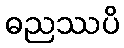
ဓညဿပိ